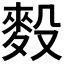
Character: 𪌓